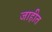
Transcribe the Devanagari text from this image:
जाहीत